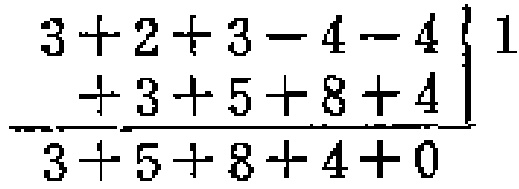
\(
\begin{array}{r}
3 + 2 + 3 - 4 - 4 \\
+ 3 + 5 + 8 + 4 \\
\hline
3 + 5 + 8 + 4 + 0
\end{array}
\)